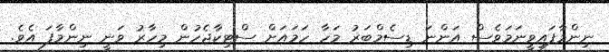
ނިންމާފައިވީނަމަވެސް އަންނަ ޑިސެމްބަރު މަހާ ހަމައަށް ސްޓިކާޖެހުން މިހާރު ވަނީ ނިންމާފަ އެވެ.